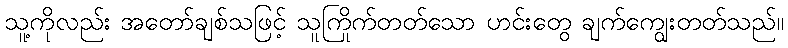
သူ့ကိုလည်း အတော်ချစ်သဖြင့် သူကြိုက်တတ်သော ဟင်းတွေ ချက်ကျွေးတတ်သည်။